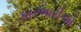
કારભારીઓ